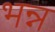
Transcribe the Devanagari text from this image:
भन्न